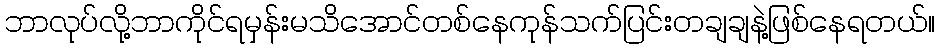
ဘာလုပ်လို့ဘာကိုင်ရမှန်းမသိအောင်တစ်နေကုန်သက်ပြင်းတချချနဲ့ဖြစ်နေရတယ်။